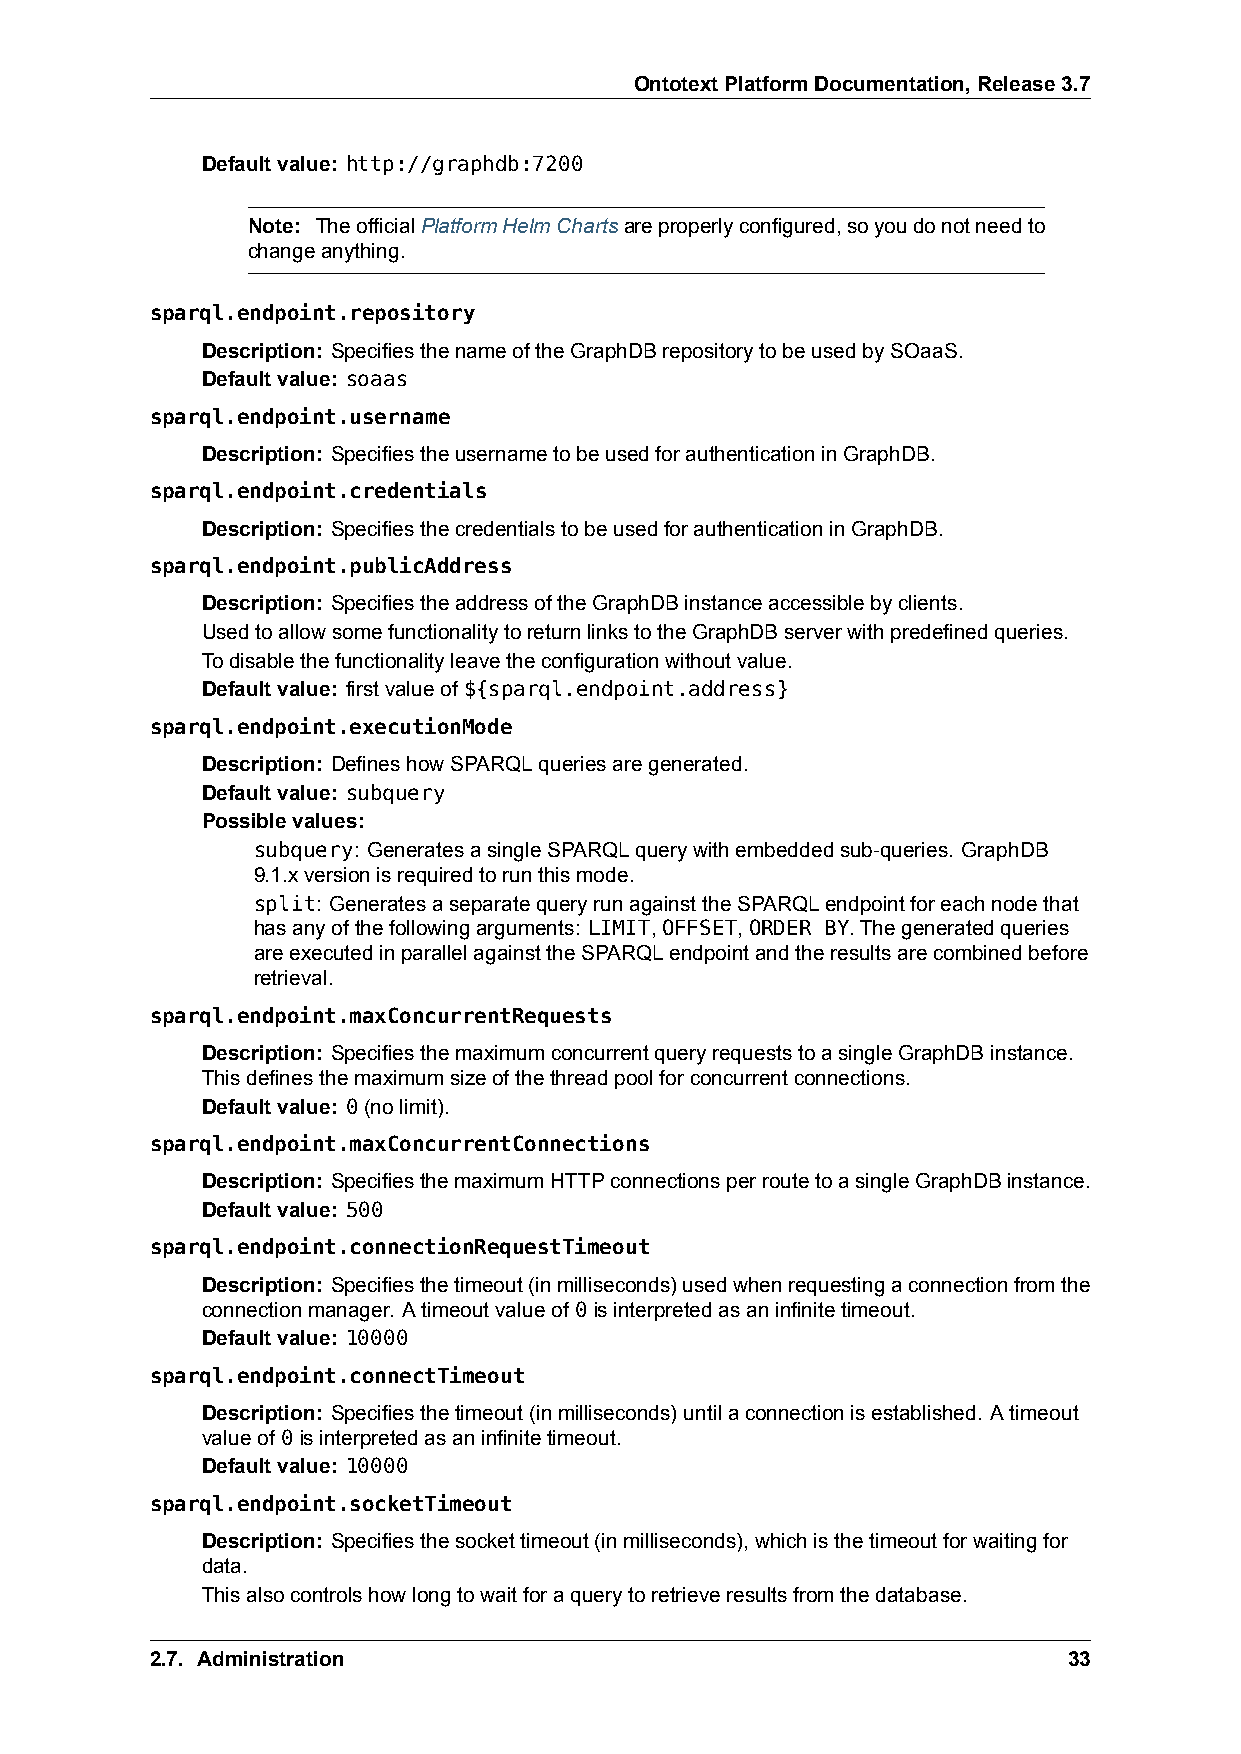
OntotextPlatformDocumentation,Release3.7
 Defaultvalue: http://graphdb:7200
 Note: TheofficialPlatformHelmChartsareproperlyconfigured,soyoudonotneedto
 changeanything.
 sparql.endpoint.repository
 Description: SpecifiesthenameoftheGraphDBrepositorytobeusedbySOaaS.
 Defaultvalue: soaas
 sparql.endpoint.username
 Description: SpecifiestheusernametobeusedforauthenticationinGraphDB.
 sparql.endpoint.credentials
 Description: SpecifiesthecredentialstobeusedforauthenticationinGraphDB.
 sparql.endpoint.publicAddress
 Description: SpecifiestheaddressoftheGraphDBinstanceaccessiblebyclients.
 UsedtoallowsomefunctionalitytoreturnlinkstotheGraphDBserverwithpredefinedqueries.
 Todisablethefunctionalityleavetheconfigurationwithoutvalue.
 Defaultvalue: firstvalueof ${sparql.endpoint.address}
 sparql.endpoint.executionMode
 Description: DefineshowSPARQLqueriesaregenerated.
 Defaultvalue: subquery
 Possiblevalues:
 subquery: GeneratesasingleSPARQLquerywithembeddedsub-queries. GraphDB
 9.1.xversionisrequiredtorunthismode.
 split: GeneratesaseparatequeryrunagainsttheSPARQLendpointforeachnodethat
 hasanyofthefollowingarguments: LIMIT,OFFSET,ORDER BY.Thegeneratedqueries
 areexecutedinparallelagainsttheSPARQLendpointandtheresultsarecombinedbefore
 retrieval.
 sparql.endpoint.maxConcurrentRequests
 Description: SpecifiesthemaximumconcurrentqueryrequeststoasingleGraphDBinstance.
 Thisdefinesthemaximumsizeofthethreadpoolforconcurrentconnections.
 Defaultvalue: 0(nolimit).
 sparql.endpoint.maxConcurrentConnections
 Description: SpecifiesthemaximumHTTPconnectionsperroutetoasingleGraphDBinstance.
 Defaultvalue: 500
 sparql.endpoint.connectionRequestTimeout
 Description: Specifiesthetimeout(inmilliseconds)usedwhenrequestingaconnectionfromthe
 connectionmanager. Atimeoutvalueof 0isinterpretedasaninfinitetimeout.
 Defaultvalue: 10000
 sparql.endpoint.connectTimeout
 Description: Specifiesthetimeout(inmilliseconds)untilaconnectionisestablished. Atimeout
 valueof 0isinterpretedasaninfinitetimeout.
 Defaultvalue: 10000
 sparql.endpoint.socketTimeout
 Description: Specifiesthesockettimeout(inmilliseconds),whichisthetimeoutforwaitingfor
 data.
 Thisalsocontrolshowlongtowaitforaquerytoretrieveresultsfromthedatabase.
 2.7. Administration                                          33